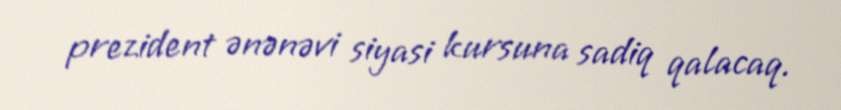
prezident ənənəvi siyasi kursuna sadiq qalacaq.